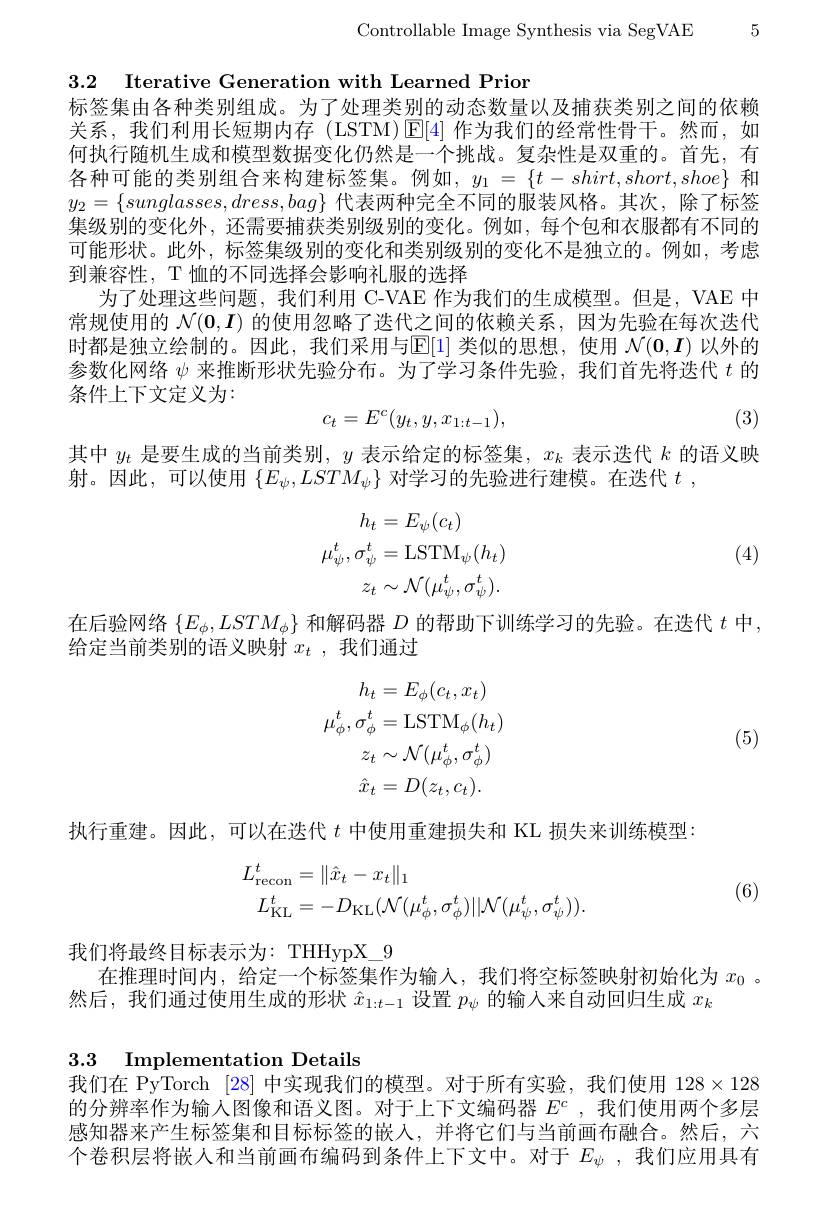
Controllable Image Synthesis via SegVAE 5

3.2 Iterative Generation with Learned Prior
标签集由各种类别组成。为了处理类别的动态数量以及捕获类别之间的依赖关系，我们利用长短期内存(LSTM)$\operatorname{E}[4]$作为我们的经常性骨干。然而，如何执行随机生成和模型数据变化仍然是一个挑战。复杂性是双重的。首先，有各种可能的类别组合来构建标签集。例如$,y_1=\{t-shirt,short,shoe\}$ 和$y_2=\{sunglasses,dress,bag\}$代表两种完全不同的服装风格。其次，除了标签集级别的变化外，还需要捕获类别级别的变化。例如，每个包和衣服都有不同的可能形状。此外，标签集级别的变化和类别级别的变化不是独立的。例如，考虑到兼容性，T 恤的不同选择会影响礼服的选择
为了处理这些问题，我们利用 C-VAE 作为我们的生成模型。但是，VAE 中常规使用的$\mathcal{N}(\mathbf{0},\boldsymbol{I})$的使用忽略了迭代之间的依赖关系，因为先验在每次迭代时都是独立绘制的。因此，我们采用与$\mathbb{E}[1]$类似的思想，使用$\mathcal{N}(\mathbf{0},\boldsymbol{I})$以外的参数化网络$\psi$来推断形状先验分布。为了学习条件先验，我们首先将迭代$t$的条件上下文定义为：
$$c_t=E^c(y_t,y,x_{1:t-1}),$$
(3)

其中$y_t$是要生成的当前类别，$y$表示给定的标签集，$x_k$表示迭代$k$的语义映
射。因此，可以使用$\{E_\psi,LSTM_\psi\}$对学习的先验进行建模。在迭代$t$ ,
$$\begin{aligned}h_{t}&=E_{\psi}(c_{t})\\\mu_{\psi}^{t},\sigma_{\psi}^{t}&=\mathrm{LSTM}_{\psi}(h_{t})\\z_{t}&\sim\mathcal{N}(\mu_{\psi}^{t},\sigma_{\psi}^{t}).\end{aligned}$$
(4)

在后验网络$\{E_\phi,LSTM_\phi\}$和解码器$D$的帮助下训练学习的先验。在迭代$t$中，
给定当前类别的语义映射$x_t$,我们通过
$$\begin{aligned}h_{t}&=E_{\phi}(c_{t},x_{t})\\\mu_{\phi}^{t},\sigma_{\phi}^{t}&=\mathrm{LSTM}_{\phi}(h_{t})\\z_{t}&\sim\mathcal{N}(\mu_{\phi}^{t},\sigma_{\phi}^{t})\\\hat{x}_{t}&=D(z_{t},c_{t}).\end{aligned}$$
(5)

执行重建。因此，可以在迭代$t$中使用重建损失和 KL 损失来训练模型：
$$\begin{aligned}L_{\mathrm{recon}}^{t}&=\|\hat{x}_{t}-x_{t}\|_{1}\\L_{\mathrm{KL}}^{t}&=-D_{\mathrm{KL}}(\mathcal{N}(\mu_{\phi}^{t},\sigma_{\phi}^{t})||\mathcal{N}(\mu_{\psi}^{t},\sigma_{\psi}^{t})).\end{aligned}$$
(6)

我们将最终目标表示为：THHypX\_9
在推理时间内，给定一个标签集作为输人，我们将空标签映射初始化为$x_{0}$ 。
然后，我们通过使用生成的形状$\hat{x}_1:t-1$设置$p_\psi$的输人来自动回归生成$x_k$

3.3 Implementation Details

我们在 PyTorch [28] 中实现我们的模型。对于所有实验，我们使用$128\times128$

的分辨率作为输入图像和语义图。对于上下文编码器$E^c$ ,我们使用两个多层感知器来产生标签集和目标标签的嵌入，并将它们与当前画布融合。然后，六个卷积层将嵌入和当前画布编码到条件上下文中。对于$E_\psi$ , 我 们 应 用 具 有